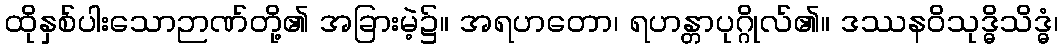
ထိုနှစ်ပါးသောဉာဏ်တို့၏ အခြားမဲ့၌။ အရဟတော၊ ရဟန္တာပုဂ္ဂိုလ်၏။ ဒဿနဝိသုဒ္ဓိသိဒ္ဓံ၊